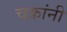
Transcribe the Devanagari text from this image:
चक्रांनी